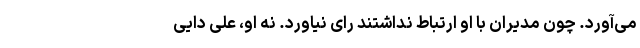
می‌آورد. چون مدیران با او ارتباط نداشتند رای نیاورد. نه او، علی دایی